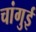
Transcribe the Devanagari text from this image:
चांगुई